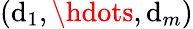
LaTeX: (\mathrm{d}_{1},\hdots,\mathrm{d}_{m})